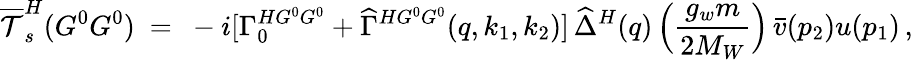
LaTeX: \overline{{{\cal T}}}_{s}^{H}(G^{0}G^{0})\ =\ -i[\Gamma_{0}^{HG^{0}G^{0}}+\widehat{\Gamma}^{HG^{0}G^{0}}(q,k_{1},k_{2})]\, \widehat{\Delta}^{H}(q)\, \Big(\frac{g_{w}m}{2M_{W}}\Big)\, \bar{v}(p_{2})u(p_{1})\, ,